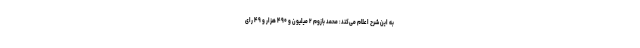
به این شرح اعلام می‌کند: محمد بازوم ۲ میلیون و ۴۹۰ هزار و ۴۹ رای